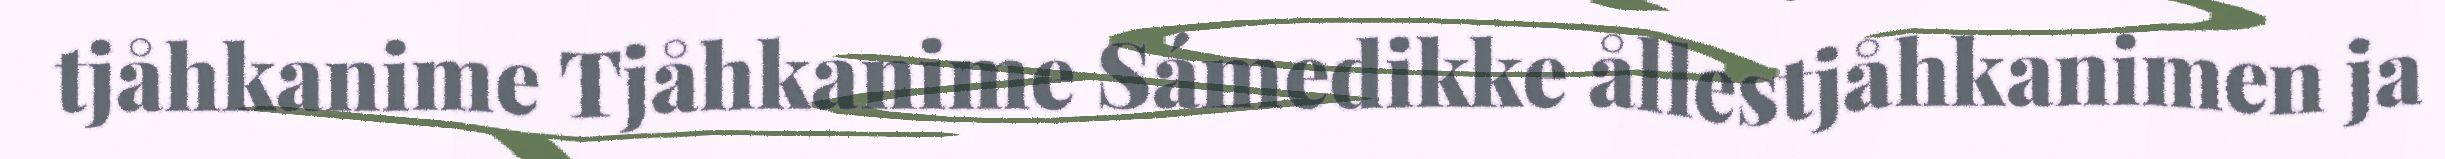
tjåhkanime Tjåhkanime Sámedikke ållestjåhkanimen ja